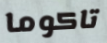
تاكوما